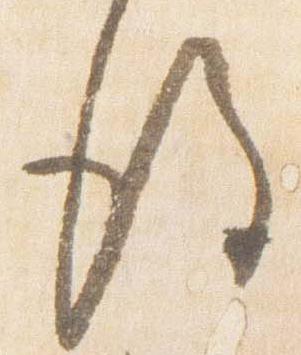
後